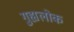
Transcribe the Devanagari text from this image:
गुह्यलोक